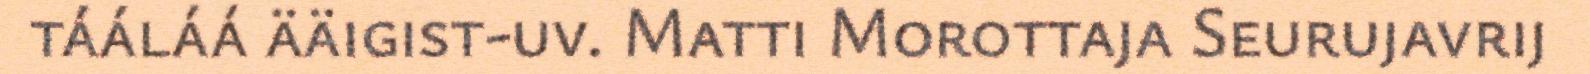
tááláá ääigist-uv. Matti Morottaja Seurujavrij